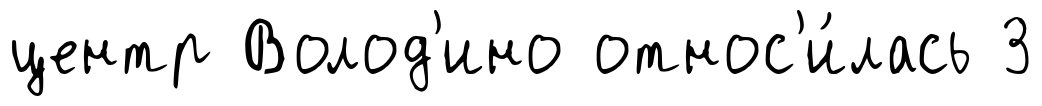
центр Волод'ино относ'и́лась 3